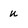
Character: U